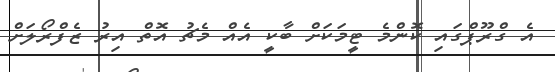
އެ ގްރޫޕްގައި ކޮންމެ ޓީމަކަށް ބާކީ އެއް މެޗު އޮތް އިރު ޒެފްރޯލަށް